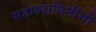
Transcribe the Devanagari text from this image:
सहाध्यायिनींची